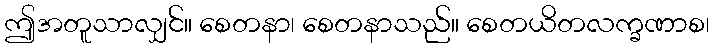
ဤအတူသာလျှင်။ စေတနာ၊ စေတနာသည်။ စေတယိတလက္ခဏာစ၊